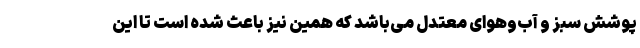
پوشش سبز و آب‌وهوای معتدل می‌باشد که همین نیز باعث شده است تا این